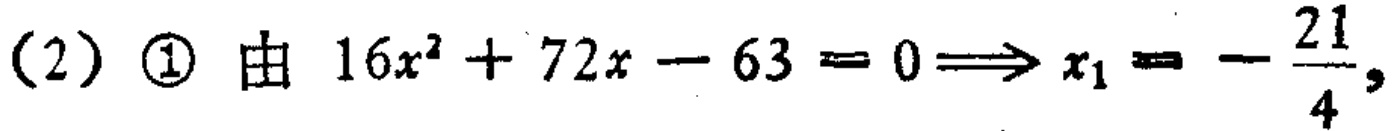
(2) \textcircled{1} 由 \(16x^{2}+72x - 63 = 0\Rightarrow x_{1}=-\frac{21}{4}\)